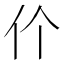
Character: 𬽨